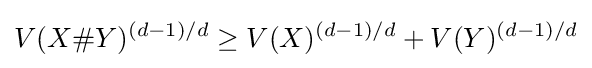
V(X\#Y)^{(d-1)/d}\geq V(X)^{(d-1)/d}+V(Y)^{(d-1)/d}